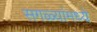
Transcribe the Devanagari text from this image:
सगळ्यांमध्ये